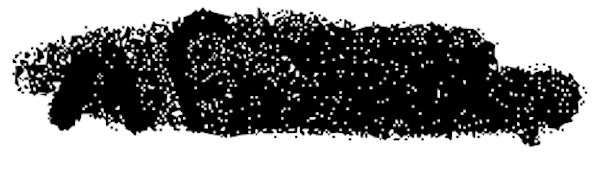
Text: Africa,
Cross-out: mix
Writing tool: digital_black